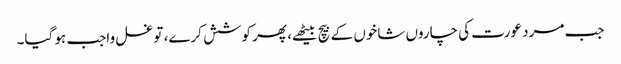
جب مرد عورت کی چاروں شاخوں کے بیچ بیٹھے، پھر کوشش کرے، تو غسل واجب ہو گیا۔